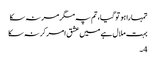
تمہارا ہو تو گیا، تم پہ مگر مر نہ سکا
بہت ملال ہے میں عشق امر کر نہ سکا
4۔